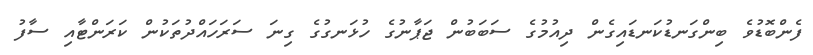
ފެންބޮޑުވެ ބިންގަނޑުކަނޑައިގެން ދިއުމުގެ ސަބަބުން ޖަޕާނުގެ ހުޅަނގުގެ ގިނަ ސަރަހައްދުތަކުން ކަރަންޓާއި ސާފު